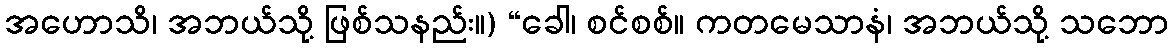
အဟောသိ၊ အဘယ်သို့ ဖြစ်သနည်း။) “ခေါ၊ စင်စစ်။ ကတမေသာနံ၊ အဘယ်သို့ သဘော